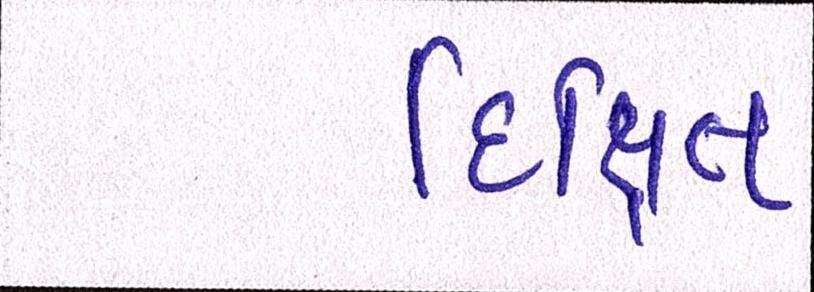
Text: દિક્ષિત